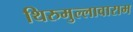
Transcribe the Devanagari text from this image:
थिरुमुल्लावाराम